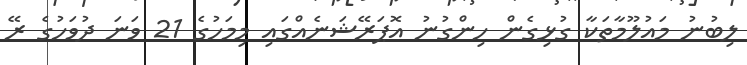
ލިބުނު މައުލޫމާތަކާ ގުޅިގެން ހިންގުނު އޮޕަރޭޝަނެއްގައި މިމަހުގެ 21 ވަނަ ދުވަހުގެ ރޭ